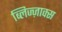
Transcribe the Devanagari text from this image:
ब्लिज्ज़ाक्स